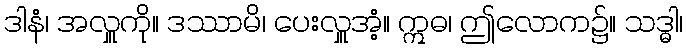
ဒါနံ၊ အလှူကို။ ဒဿာမိ၊ ပေးလှူအံ့။ ဣဓ၊ ဤလောက၌။ သဒ္ဓါ၊